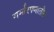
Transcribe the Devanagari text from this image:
गर्भारपणातील